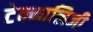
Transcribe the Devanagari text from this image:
टेक्नालिजी